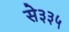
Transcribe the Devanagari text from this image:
से३३५